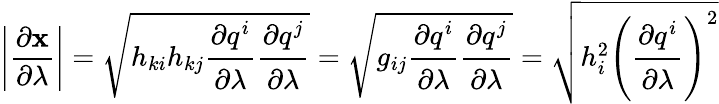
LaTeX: \left|{\frac{\partial\mathbf{x}}{\partial\lambda}}\right|={\sqrt{h_{ki}h_{kj}{\cfrac{\partial q^{i}}{\partial\lambda}}{\cfrac{\partial q^{j}}{\partial\lambda}}}}={\sqrt{g_{ij}{\cfrac{\partial q^{i}}{\partial\lambda}}{\cfrac{\partial q^{j}}{\partial\lambda}}}}={\sqrt{h_{i}^{2}\left({\cfrac{\partial q^{i}}{\partial\lambda}}\right)^{2}}}